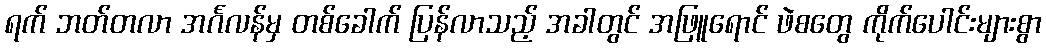
ရက် ဘတ်တလာ အင်္ဂလန်မှ တစ်ခေါက် ပြန်လာသည့် အခါတွင် အဖြူရောင် ဖဲစတွေ ကိုက်ပေါင်းများစွာ